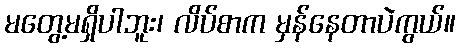
မတွေ့မရှိပါဘူး၊ လိပ်စာက မှန်နေတာပဲကွယ်။